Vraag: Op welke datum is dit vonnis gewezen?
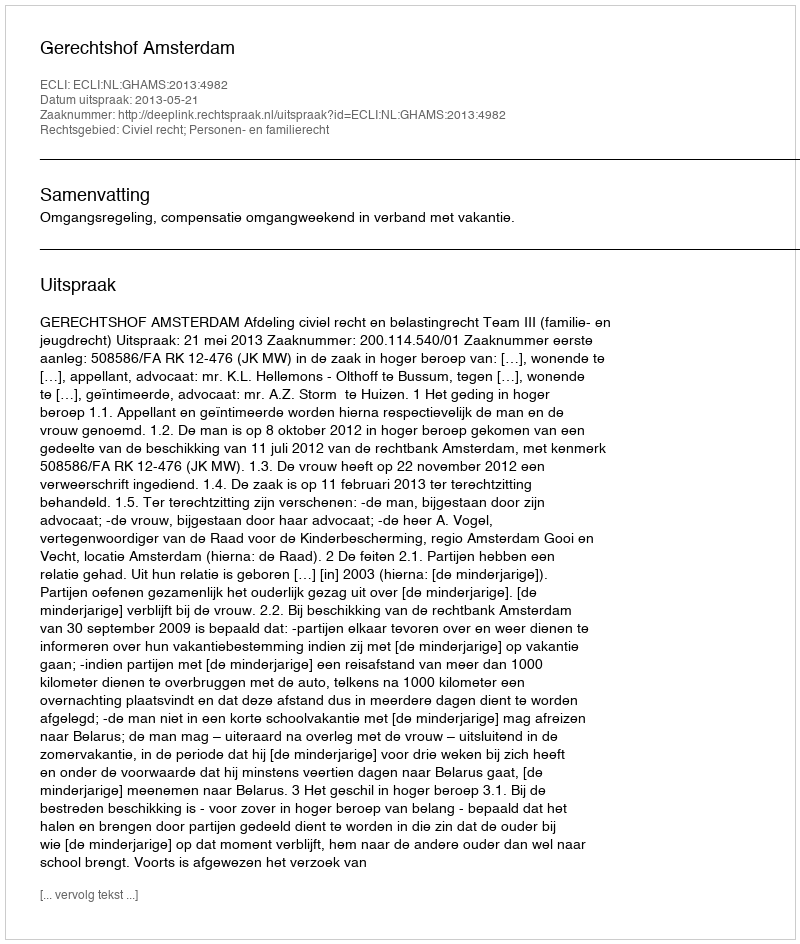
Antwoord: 2013-05-21